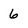
Character: 6